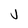
Character: v